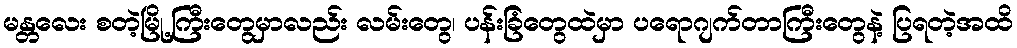
မန္တလေး စတဲ့မြို့ကြီးတွေမှာလည်း လမ်းတွေ၊ ပန်းခြံတွေထဲမှာ ပရောဂျက်တာကြီးတွေနဲ့ ပြရတဲ့အထိ